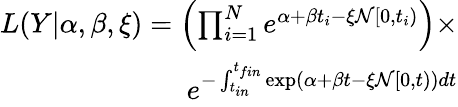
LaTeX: \begin{array}{r}{L(Y|\alpha,\beta,\xi)=\left(\prod_{i=1}^{N}e^{\alpha+\beta t_{i}-\xi\mathcal{N}[0,t_{i})}\right)\times}\\ {e^{-\int_{t_{in}}^{t_{fin}}\exp(\alpha+\beta t-\xi\mathcal{N}[0,t))dt}}\end{array}